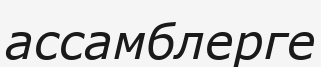
ассамблерге